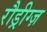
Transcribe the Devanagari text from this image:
रौड्रीग्ज़